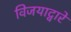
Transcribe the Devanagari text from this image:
विजयाद्वारे